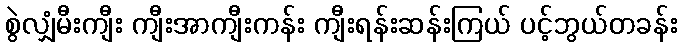
စွဲလျှံမီးကျီး ကျီးအာကျီးကန်း ကျီးရန်းဆန်းကြယ် ပင့်ဘွယ်တခန်း